NAE_ERA_R-1665_Eesti_Kunstnike_Liit, lk 16
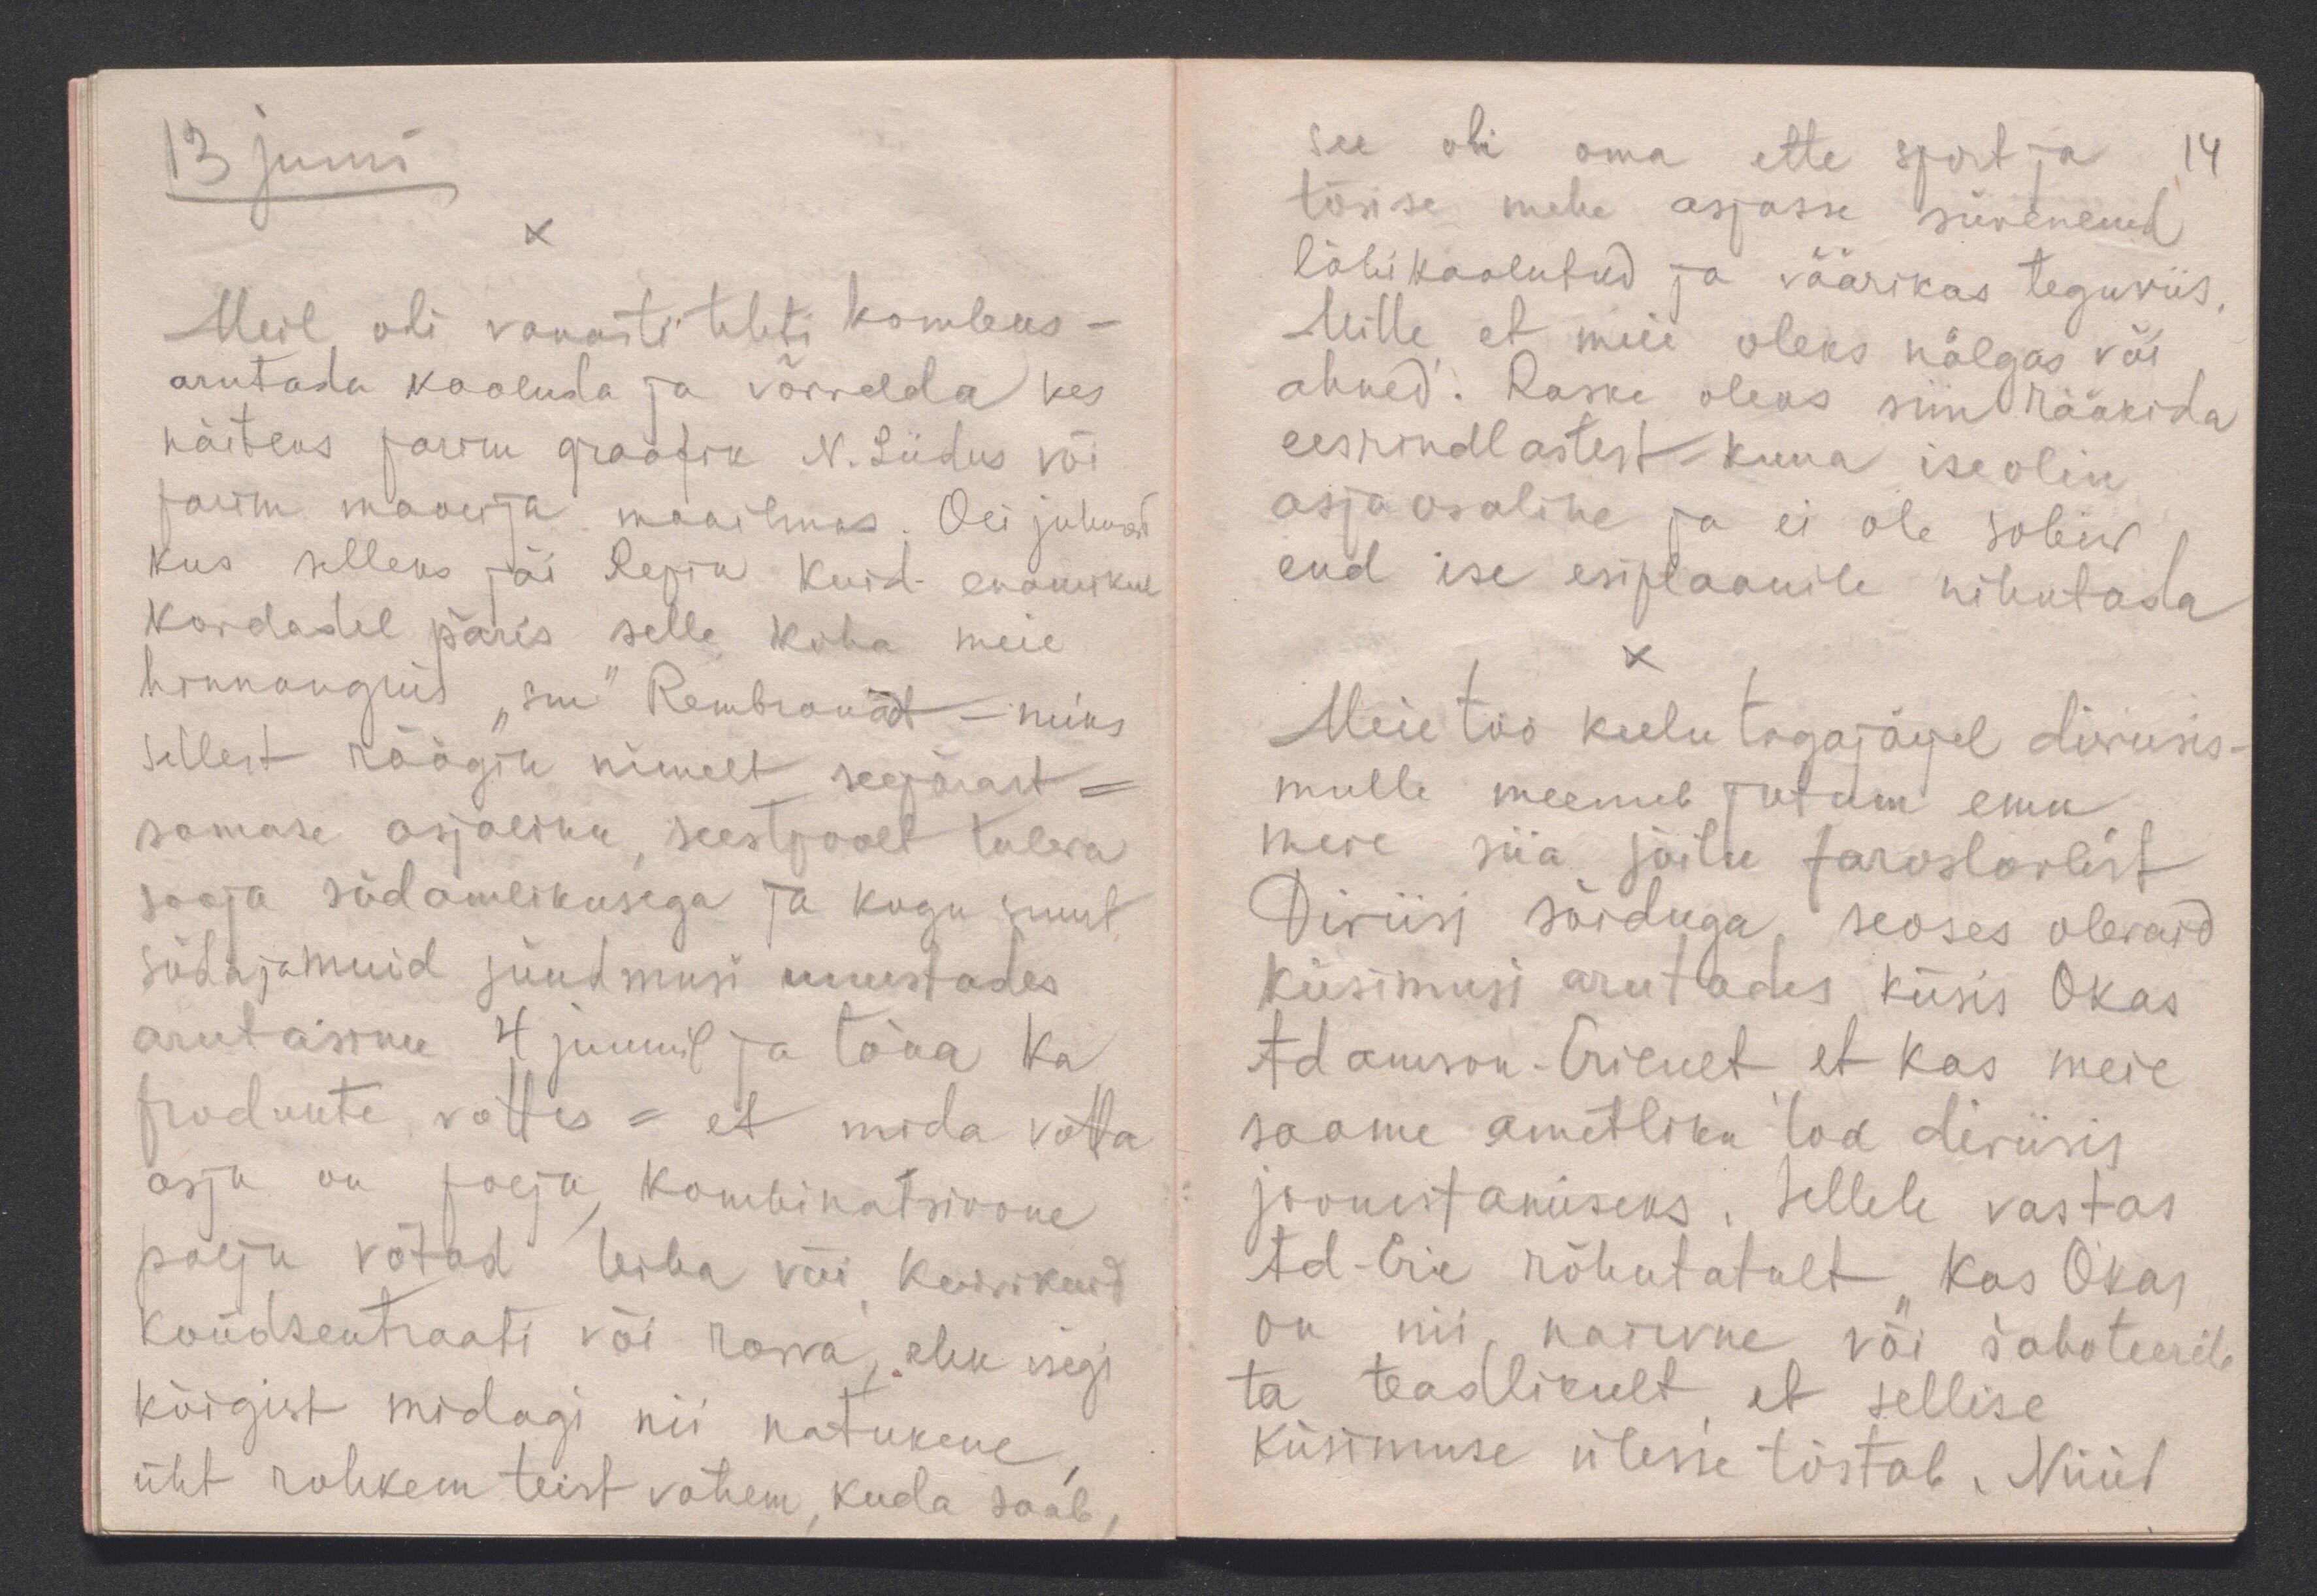
13 juuni
x
Meil oli vanasti tihti kombeks -
arutada kaaluda ja võrrelda kes
näiteks parim graafik N. Liidus või
parim maalija maailmas. Oli juhuseid
kus selleks jäi Repin kuid enamikul
kordadel päris selle koha meie
hinnanguis "sm" Rembrandt - miks
sellest räägin nimelt seepärast -
samase asjaliku, seestpoolt tuleva
sooja südamlikusega ja kogu suurt
sõda ja muid sündmusi unustades
arutasime 4 juunil ja täna ka
produkte võttes - et mida võtta
asju on palju, kombinatsioone
palju võtad leiba või kuivikuid
kondsentraati või rasva, ehk isegi
kõigist midagi nii natukene,
üht rohkem teist vähem, kuda saab,

see oli oma ette sport ja 14
tõsise mehe asjasse süvenenud
läbikaalutud ja väärikas teguviis.
Mille et meie oleks nälgas või
ahned. Raske oleks siin rääkida
eesrindlastest kuna ise olin
asjaosaline ja ei ole sobiv
end ise esiplaanile nihutada
x
Meie töö keelu tagajärjel diviisis -
mulle meenub jutum enne
meie siia sõitu Jaroslavlist
Diviisi sõiduga, seoses olevaid
küsimusi arutades küsis Okas
Adamson-Ericult et kas meie
saame ametliku loa diviisis
joonistamiseks. Sellele vastas
Ad-Eric rõhutatult "kas Okas
on nii naiivne või šaboteerib
ta teadlikult, et sellise
küsimuse ülesse tõstab. Nüüd